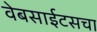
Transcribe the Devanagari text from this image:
वेबसाईटसचा